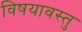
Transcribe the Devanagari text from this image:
विषयावस्तु